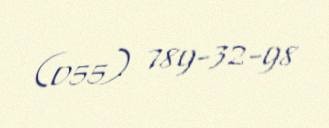
(055) 789-32-98